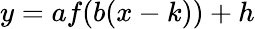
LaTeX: y=af(b(x-k))+h